Indian journal of veterinary science and animal husbandry - Volume 12,
Year: 1942
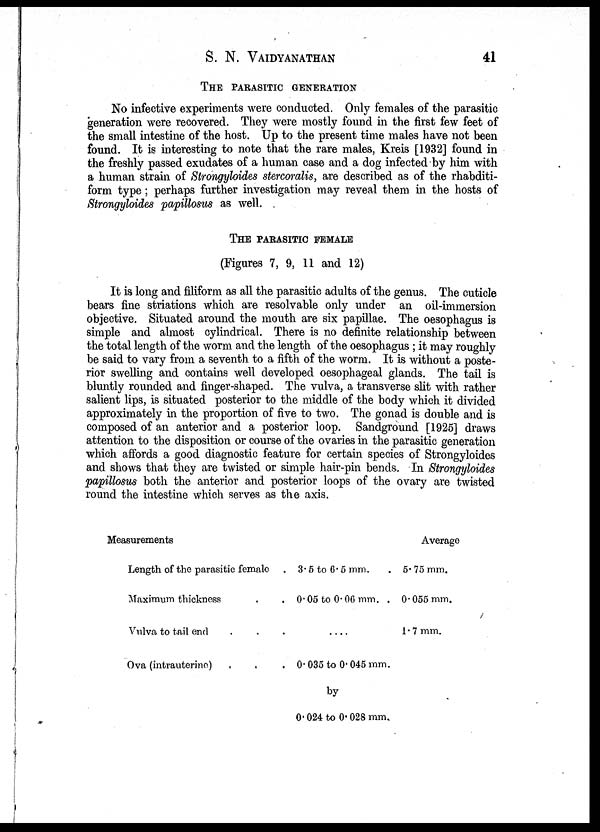
S. N. VAIDYANATHAN 41
THE PARASITIC GENERATION
No infective experiments were conducted. Only females of the parasitic
generation were recovered. They were mostly found in the first few feet of
the small intestine of the host. Up to the present time males have not been
found. It is interesting to note that the rare males, Kreis [1932] found in
the freshly passed exudates of a human case and a dog infected by him with
a human strain of Strongyloides stercoralis, are described as of the rhabditi¬
form type; perhaps further investigation may reveal them in the hosts of
Strongyloides papillosus as well.
THE PARASITIC FEMALE
(Figures 7, 9, 11 and 12)
It is long and filiform as all the parasitic adults of the genus. The cuticle
bears fine striations which are resolvable only under an oil-immersion
objective. Situated around the mouth are six papillae. The oesophagus is
simple and almost cylindrical. There is no definite relationship between
the total length of the worm and the length of the oesophagus ; it may roughly
be said to vary from a seventh to a fifth of the worm. It is without a poste-
rior swelling and contains well developed oesophageal glands. The tail is
bluntly rounded and finger-shaped. The vulva, a transverse slit with rather
salient lips, is situated posterior to the middle of the body which it divided
approximately in the proportion of five to two. The gonad is double and is
composed of an anterior and a posterior loop. Sandground [1925] draws
attention to the disposition or course of the ovaries in the parasitic generation
which affords a good diagnostic feature for certain species of Strongyloides
and shows that they are twisted or simple hair-pin bends. In Strongyloides
papillosus both the anterior and posterior loops of the ovary are twisted
round the intestine which serves as the axis.
Measurements
Length of the parasitic female
Maximum thickness .
Vulva to tail end
Ova (intrauterine) . .
3.5 to 6.5 mm. .
0.05 to 0.06 mm. .
....
0.035 to 0.045 mm.
by
0.024 to 0.028 mm.
Average
5.75 mm.
0.55 mm.
1.7 mm.